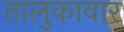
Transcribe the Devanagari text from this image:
तालुकावार